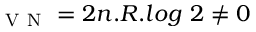
_ { \mathrm { ~ V ~ N ~ } } = 2 n . R . l o g \textit { } 2 \neq 0